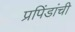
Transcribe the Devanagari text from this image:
प्रपिंडांची